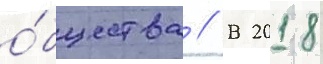
о́бщества // В 2018